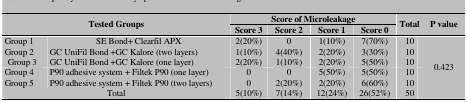
| <ROWSPAN=2-COLSPAN=2> Tested Groups | <COLSPAN=4> Score of Microleakage | <ROWSPAN=2> Total | <ROWSPAN=2> P value |
 | Score 3 | Score 2 | Score 1 | Score 0 |
 | --- | --- | --- | --- | --- | --- | --- | --- |
 | Group 1 | SE Bond+ Clearfil APX | 2(20%) | 0 | 1(10%) | 7(70%) | 10 | <ROWSPAN=6> 0.423 |
 | Group 2 | GC UniFil Bond +GC Kalore (two layers) | 1(10%) | 4(40%) | 2(20%) | 3(30%) | 10 |
 | Group 3 | GC UniFil Bond +GC Kalore (one layer) | 2(20%) | 1(10%) | 2(20%) | 5(50%) | 10 |
 | Group 4 | P90 adhesive system + Filtek P90 (one layer) | 0 | 0 | 5(50%) | 5(50%) | 10 |
 | Group 5 | P90 adhesive system + Filtek P90 (two layers) | 0 | 2(20%) | 2(20%) | 6(60%) | 10 |
 | <COLSPAN=2> Total | 5(10%) | 7(14%) | 12(24%) | 26(52%) | 50 |